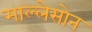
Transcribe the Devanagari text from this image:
माल्लेसोन